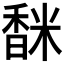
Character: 𩡅